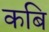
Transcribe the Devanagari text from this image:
कबि